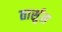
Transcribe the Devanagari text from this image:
तार्सुस